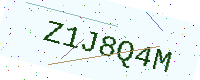
Text: Z1J8Q4M